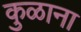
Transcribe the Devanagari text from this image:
कुळाना